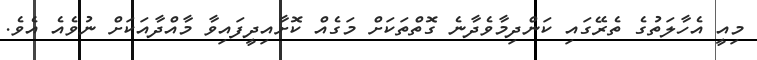
މިއީ އެހާލަތުގެ ތެރޭގައި ކަންދިމާވެދާނެ ގޮތްތަކަށް މަގެއް ކޮށާއިދީފައިވާ މާއްދާއަކަށް ނުވެއެ އެވެ.